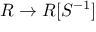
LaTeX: R \to R [ S ^ { - 1 } ]